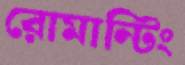
রোমান্টিং